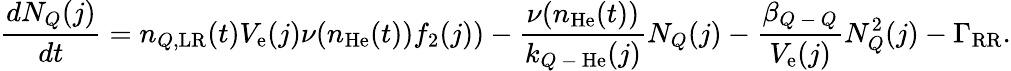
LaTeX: \frac{dN_{Q}(j)}{dt}=n_{Q,\mathrm{LR}}(t)V_{\mathrm{e}}(j)\nu(n_{\mathrm{He}}(t))f_{2}(j))-\frac{\nu(n_{\mathrm{He}}(t))}{k_{Q\mathrm{~-~}\mathrm{He}}(j)}N_{Q}(j)-\frac{\beta_{Q\mathrm{~-~}Q}}{V_{\mathrm{e}}(j)}N_{Q}^{2}(j)-\Gamma_{\mathrm{RR}}.